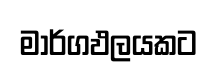
මාර්ගඵලයකට